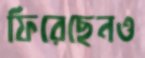
ফিরেছেনও